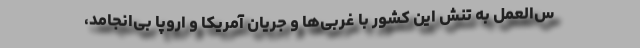
س‌العمل به تنش این کشور با غربی‌ها و جریان آمریکا و اروپا بی‌انجامد،